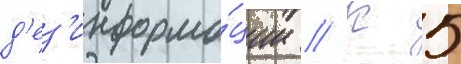
д'ез'информа́ции // К 5